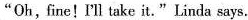
"Oh, fine!I'll take it."Linda says.